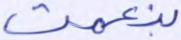
بنعمت